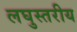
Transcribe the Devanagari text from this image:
लघुस्तरीय